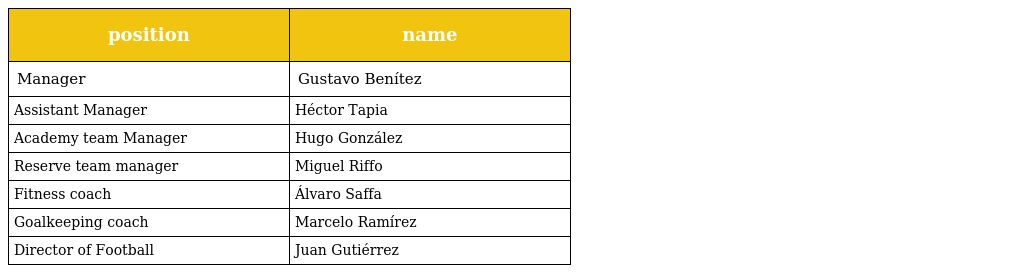
| position | name |
 | --- | --- |
 | Manager | Gustavo Benítez |
 | Assistant Manager | Héctor Tapia |
 | Academy team Manager | Hugo González |
 | Reserve team manager | Miguel Riffo |
 | Fitness coach | Álvaro Saffa |
 | Goalkeeping coach | Marcelo Ramírez |
 | Director of Football | Juan Gutiérrez |